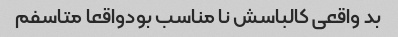
بد واقعى کالباسش نا مناسب بودواقعا متاسفم